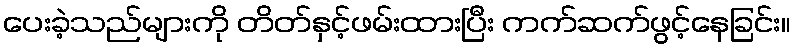
ပေးခဲ့သည်များကို တိတ်နှင့်ဖမ်းထားပြီး ကက်ဆက်ဖွင့်နေခြင်း။